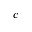
c